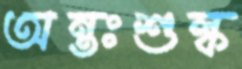
অন্তঃশুল্ক